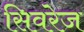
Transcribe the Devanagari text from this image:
सिवरेज